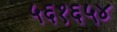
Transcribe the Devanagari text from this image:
५६१६५४